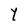
Character: Y